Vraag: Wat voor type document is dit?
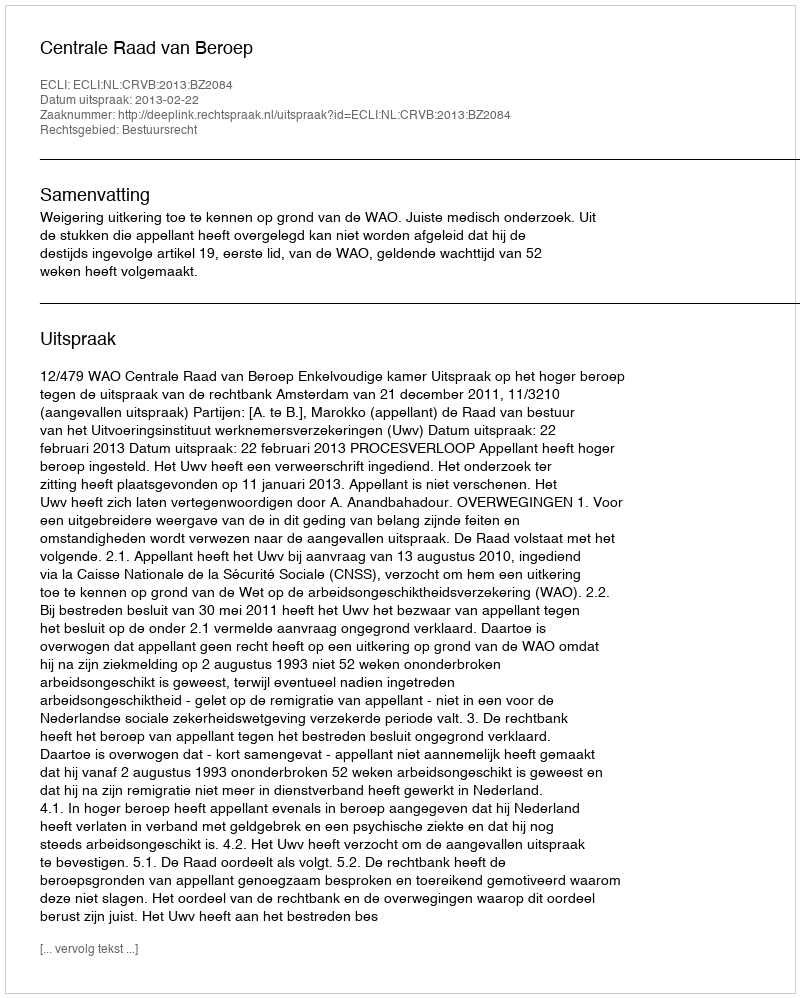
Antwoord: Uitspraak